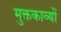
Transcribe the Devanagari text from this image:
मुक्तकाव्यों